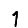
Digit: 1